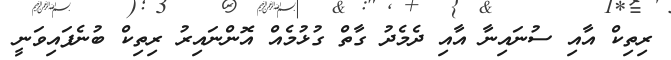
ރިތިކް އާއި ސުނައިނާ އާއި ދެމެދު ގާތް ގުޅުމެއް އޮންނައިރު ރިތިކް ބުނެފައިވަނީ